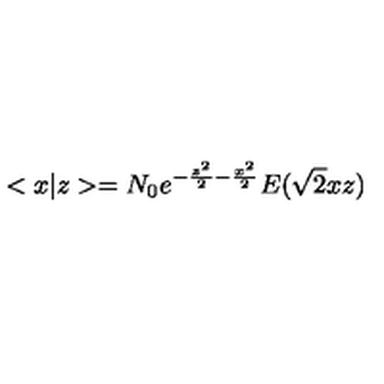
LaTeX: < x | z > = N _ { 0 } e ^ { - \frac { z ^ { 2 } } 2 - \frac { x ^ { 2 } } 2 } E ( \sqrt { 2 } x z )